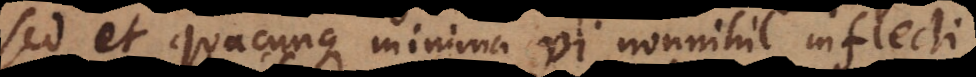
sed et quacunque minima vi nonnihil inflecti